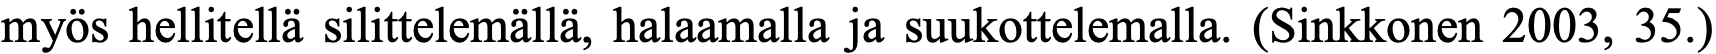
myös hellitellä silittelemällä, halaamalla ja suukottelemalla. (Sinkkonen 2003, 35.)